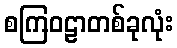
စကြဝဠာတစ်ခုလုံး